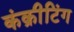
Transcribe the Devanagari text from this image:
कंक्रीटिंग